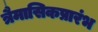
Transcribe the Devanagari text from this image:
त्रैमासिकप्रारंभ